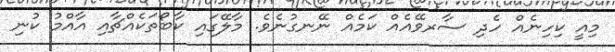
މިއީ ކިހިނެއް ހެދި ސާރވޭއެއް ކަމެއް ނޭނގުނެވެ. މާލޭގައި ކާބޯތަކެއްޗާއި އާއްމު ކުނި